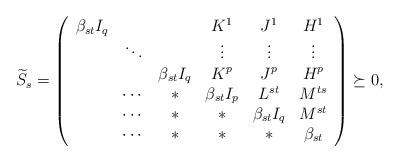
LaTeX: \begin{align*}\widetilde{S}_{s}=\left(\begin{array}{cccccc}\beta_{st}I_q&&&K^1&J^{1}&H^1\\&\ddots&&\vdots&\vdots&\vdots\\&&\beta_{st}I_q&K^p&J^{p}&H^p\\*&\cdots&*&\beta_{st}I_p&L^{st}&M^{ts}\\*&\cdots&*&*&\beta_{st}I_q &M^{st}\\*&\cdots&*&*&*&\beta_{st}\end{array}\right)\succeq0,\end{align*}